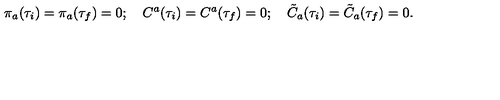
\pi _ { a } ( \tau _ { i } ) = \pi _ { a } ( \tau _ { f } ) = 0 ; \quad C ^ { a } ( \tau _ { i } ) = C ^ { a } ( \tau _ { f } ) = 0 ; \quad \tilde { C } _ { a } ( \tau _ { i } ) = \tilde { C } _ { a } ( \tau _ { f } ) = 0 .